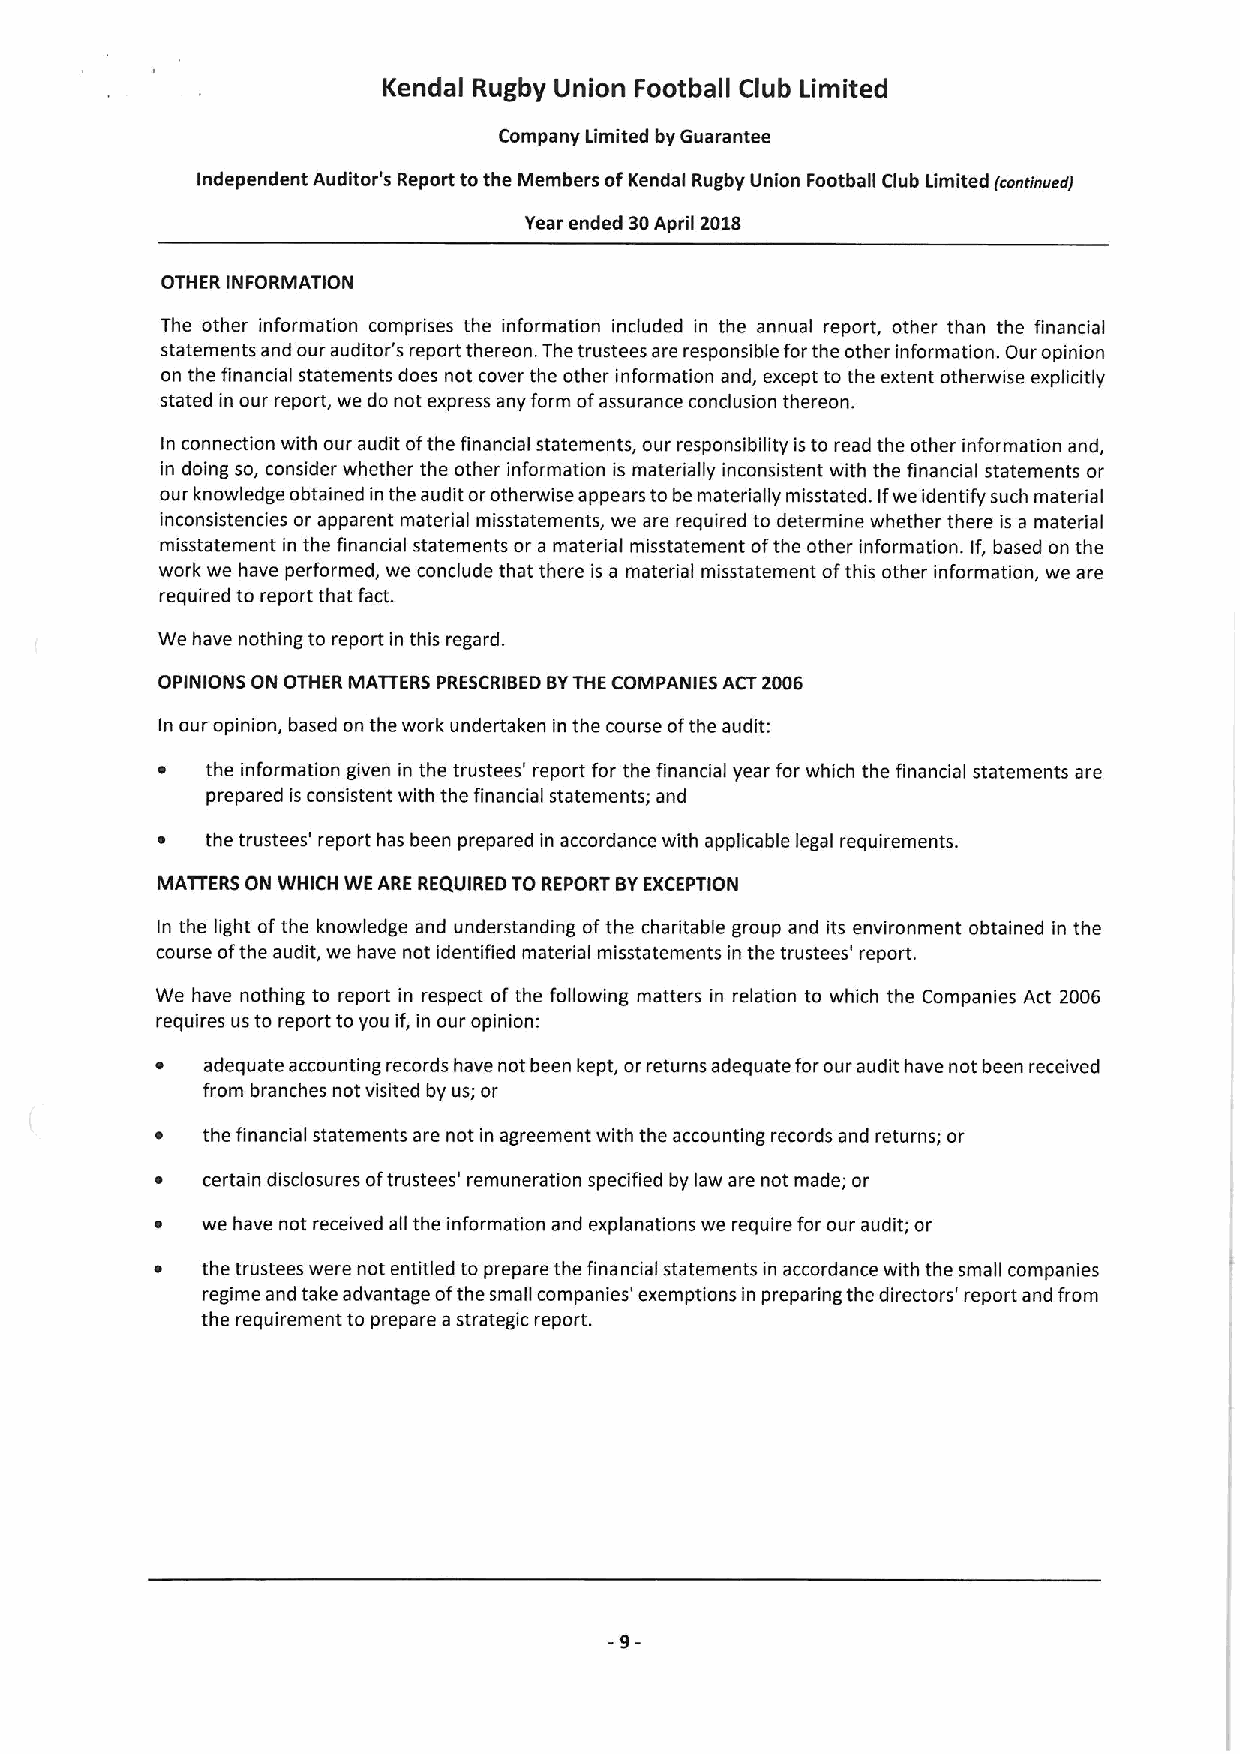
Kendal Rugby Union Football Club Limited
 Company Limited by Guarantee
 Independent Auditor's Report tothe Members ofKendal Rugby Union Football Club Limited (concinverg
 Year ended 30April 2018
 OTHER INFORMATION
 The other information comprises the information included in the annual report, other than the financial
 statements and our auditor's report thereon. The trustees are responsible forthe other information. Our opinion
 on the financial statements does not cover the other information and, except to the extent otherwise explicitly
 stated in our report, we do not express any form ofassurance conclusion thereon.
 In connection with our audit ofthe financial statements, our responsibility isto read the other information and,
 in doing so, consider whether the other information is materially inconsistent with the financial statements or
 our knowledge obtained in the audit orotherwise appears to be materially misstated. Ifwe identify such material
 inconsistencies or apparent material misstatements, we are required to determine whether there is a material
 misstatement in the financial statements or a material misstatement ofthe other information. If, based on the
 work we have performed, we conclude that there is a material misstatement ofthis other information, we are
 required to report that fact.
 We have nothing to report in this regard.
 OPINIONS ON OTHER MATTERS PRESCRIBED BYTHE COMPANIES ACT 2006
 In our opinion, based on the work undertaken in the course ofthe audit:
 ~   the information given in the trustees' report for the financial year for which the financial statements are
 prepared is consistent with the financial statements; and
 ~   the trustees' report has been prepared in accordance with applicable legal requirements.
 MATTERS ON WHICH WE ARE REQUIRED TO REPORT BYEXCEPTION
 In the light ofthe knowledge and understanding ofthe charitable group and its environment obtained in the
 course ofthe audit, we have not identified material misstatements in the trustees' report.
 We have nothing to report in respect ofthe following matters in relation to which the Companies Act 2006
 requires us to report toyou if, in our opinion:
 adequate accounting records have not been kept, or returns adequate forour audit have not been received
 from branches not visited by us; or
 the financial statements are not in agreement with the accounting records and returns; or
 certain disclosures oftrustees' remuneration specified by law are not made; or
 we have not received all the information and explanations we require for our audit; or
 the trustees were not entitled to prepare the financial statements in accordance with the small companies
 regime and take advantage ofthe small companies' exemptions in preparing the directors' report and from
 the requirement to prepare astrategic report.